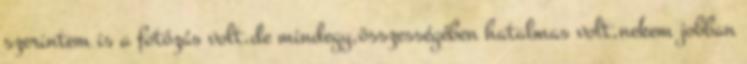
szerintem is a fotózás volt.de mindegy,összességében hatalmas volt,nekem jobban